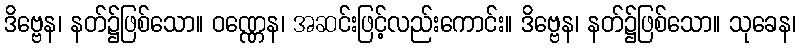
ဒိဗ္ဗေန၊ နတ်၌ဖြစ်သော။ ဝဏ္ဏေန၊ အဆင်းဖြင့်လည်းကောင်း။ ဒိဗ္ဗေန၊ နတ်၌ဖြစ်သော။ သုခေန၊